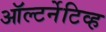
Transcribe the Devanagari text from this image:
ऑल्टर्नेटिव्ह